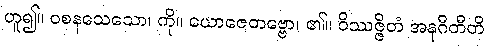
ဟူ၍။ ဝစနသေသော၊ ကို။ ယောဇေတဗ္ဗော၊ ၏။ ဝိဿဇ္ဇိတံ အနုဂီတီတိ